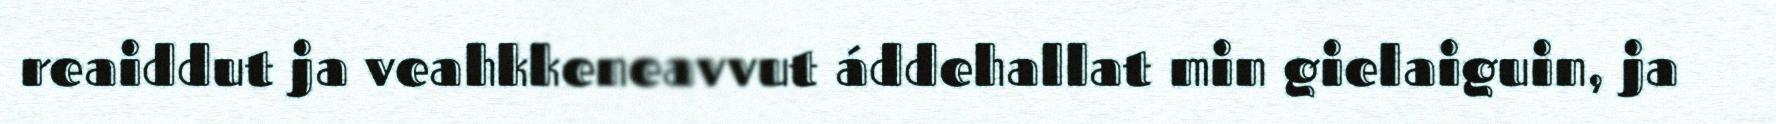
reaiddut ja veahkkeneavvut áddehallat min gielaiguin, ja